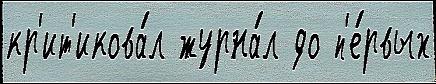
кр'ит'икова́л журна́л до п'е́рвых